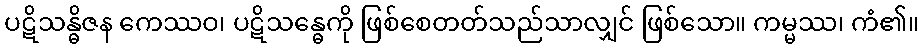
ပဋိသန္ဓိဇန ကေဿဝ၊ ပဋိသန္ဓေကို ဖြစ်စေတတ်သည်သာလျှင် ဖြစ်သော။ ကမ္မဿ၊ ကံ၏။